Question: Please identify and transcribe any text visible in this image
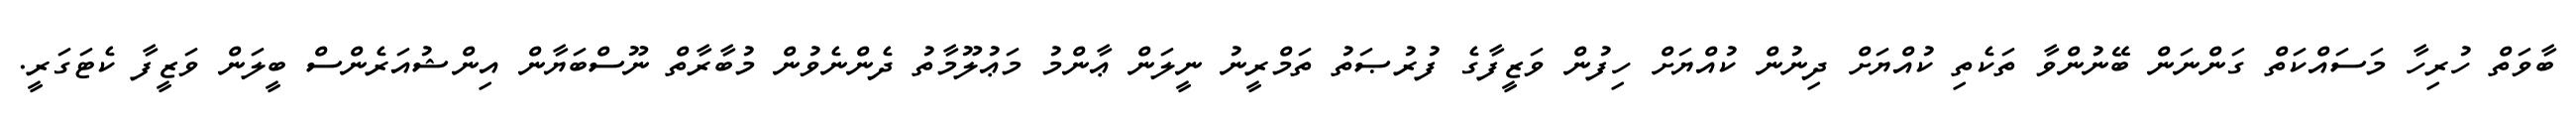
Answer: ބާވަތް ހުރިހާ މަސައްކަތް ގަންނަން ބޭނުންވާ ތަކެތި ކުއްޔަށް ދިނުން ކުއްޔަށް ހިފުން ވަޒީފާގެ ފުރުޞަތު ތަމްރީނު ނީލަން ޢާންމު މަޢުލޫމާތު ދެންނެވުން މުބާރާތް ނޫސްބަޔާން އިންޝުއަރެންސް ބީލަން ވަޒީފާ ކެޓަގަރީ.